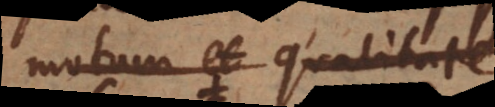
motum et qualitates